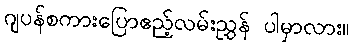
ဂျပန်စကားပြောဧည့်လမ်းညွှန် ပါမှာလား။